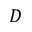
D